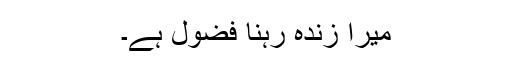
میرا زندہ رہنا فضول ہے۔